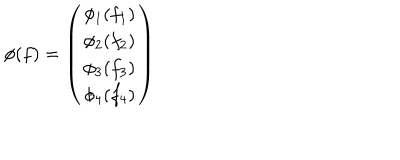
LaTeX: \phi ( f ) = \left( \begin{matrix} { { \phi _ { 1 } ( f _ { 1 } ) } } \\ { { \phi _ { 2 } ( f _ { 2 } ) } } \\ { { \phi _ { 3 } ( f _ { 3 } ) } } \\ { { \phi _ { 4 } ( f _ { 4 } ) } } \\ \end{matrix} \right)